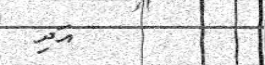
٨٦        އަދި